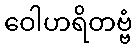
ဝေါဟရိတဗ္ဗံ